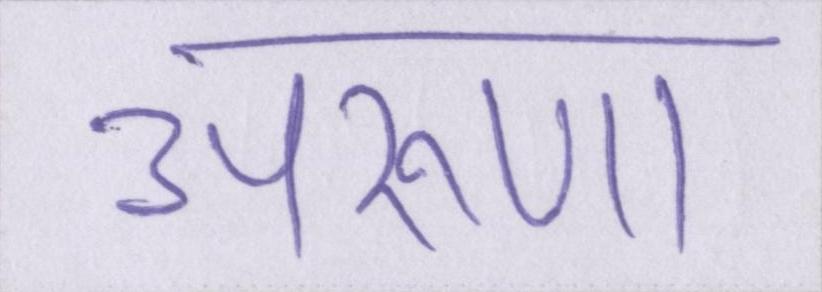
अरूणा